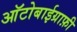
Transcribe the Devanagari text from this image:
आॅटोबाईग्राफ़ी